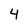
Character: 4